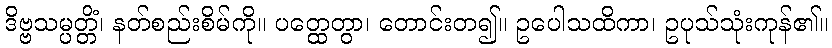
ဒိဗ္ဗသမ္ပတ္တိံ၊ နတ်စည်းစိမ်ကို။ ပတ္ထေတွာ၊ တောင်းတ၍။ ဥပေါသထိကာ၊ ဥပုသ်သုံးကုန်၏။